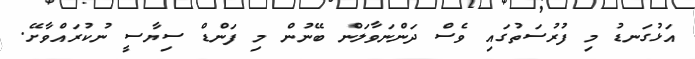
އަޅުގަނޑު މި ފުރުސަތުގައި ވެސް ދަންނަވާލަން ބޭނުން މި ފަންޑް ސިޔާސީ ނުކުރައްވާށޭ.